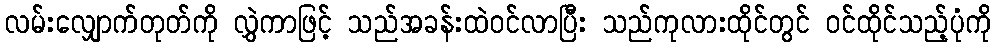
လမ်းလျှောက်တုတ်ကို လွှဲကာဖြင့် သည်အခန်းထဲဝင်လာပြီး သည်ကုလားထိုင်တွင် ဝင်ထိုင်သည့်ပုံကို